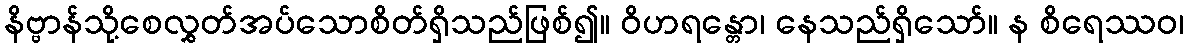
နိဗ္ဗာန်သို့စေလွှတ်အပ်သောစိတ်ရှိသည်ဖြစ်၍။ ဝိဟရန္တော၊ နေသည်ရှိသော်။ န စိရေဿဝ၊